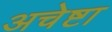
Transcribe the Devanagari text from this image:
अचेष्टा